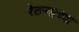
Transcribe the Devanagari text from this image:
रेठर्‍याच्या